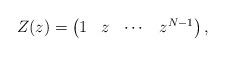
LaTeX: \begin{align*}Z(z)=\begin{pmatrix} 1&z&\cdots&z^{N-1}\end{pmatrix},\end{align*}